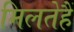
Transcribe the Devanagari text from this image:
मिलतेहैं